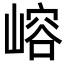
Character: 嵱